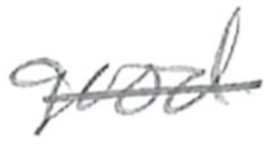
Text: good
Cross-out: mix
Writing tool: pencil